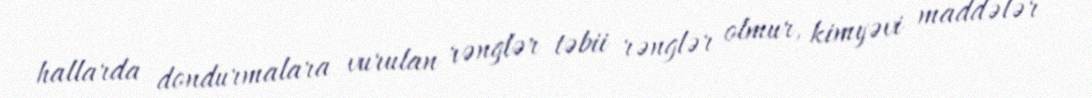
hallarda dondurmalara vurulan rənglər təbii rənglər olmur, kimyəvi maddələr